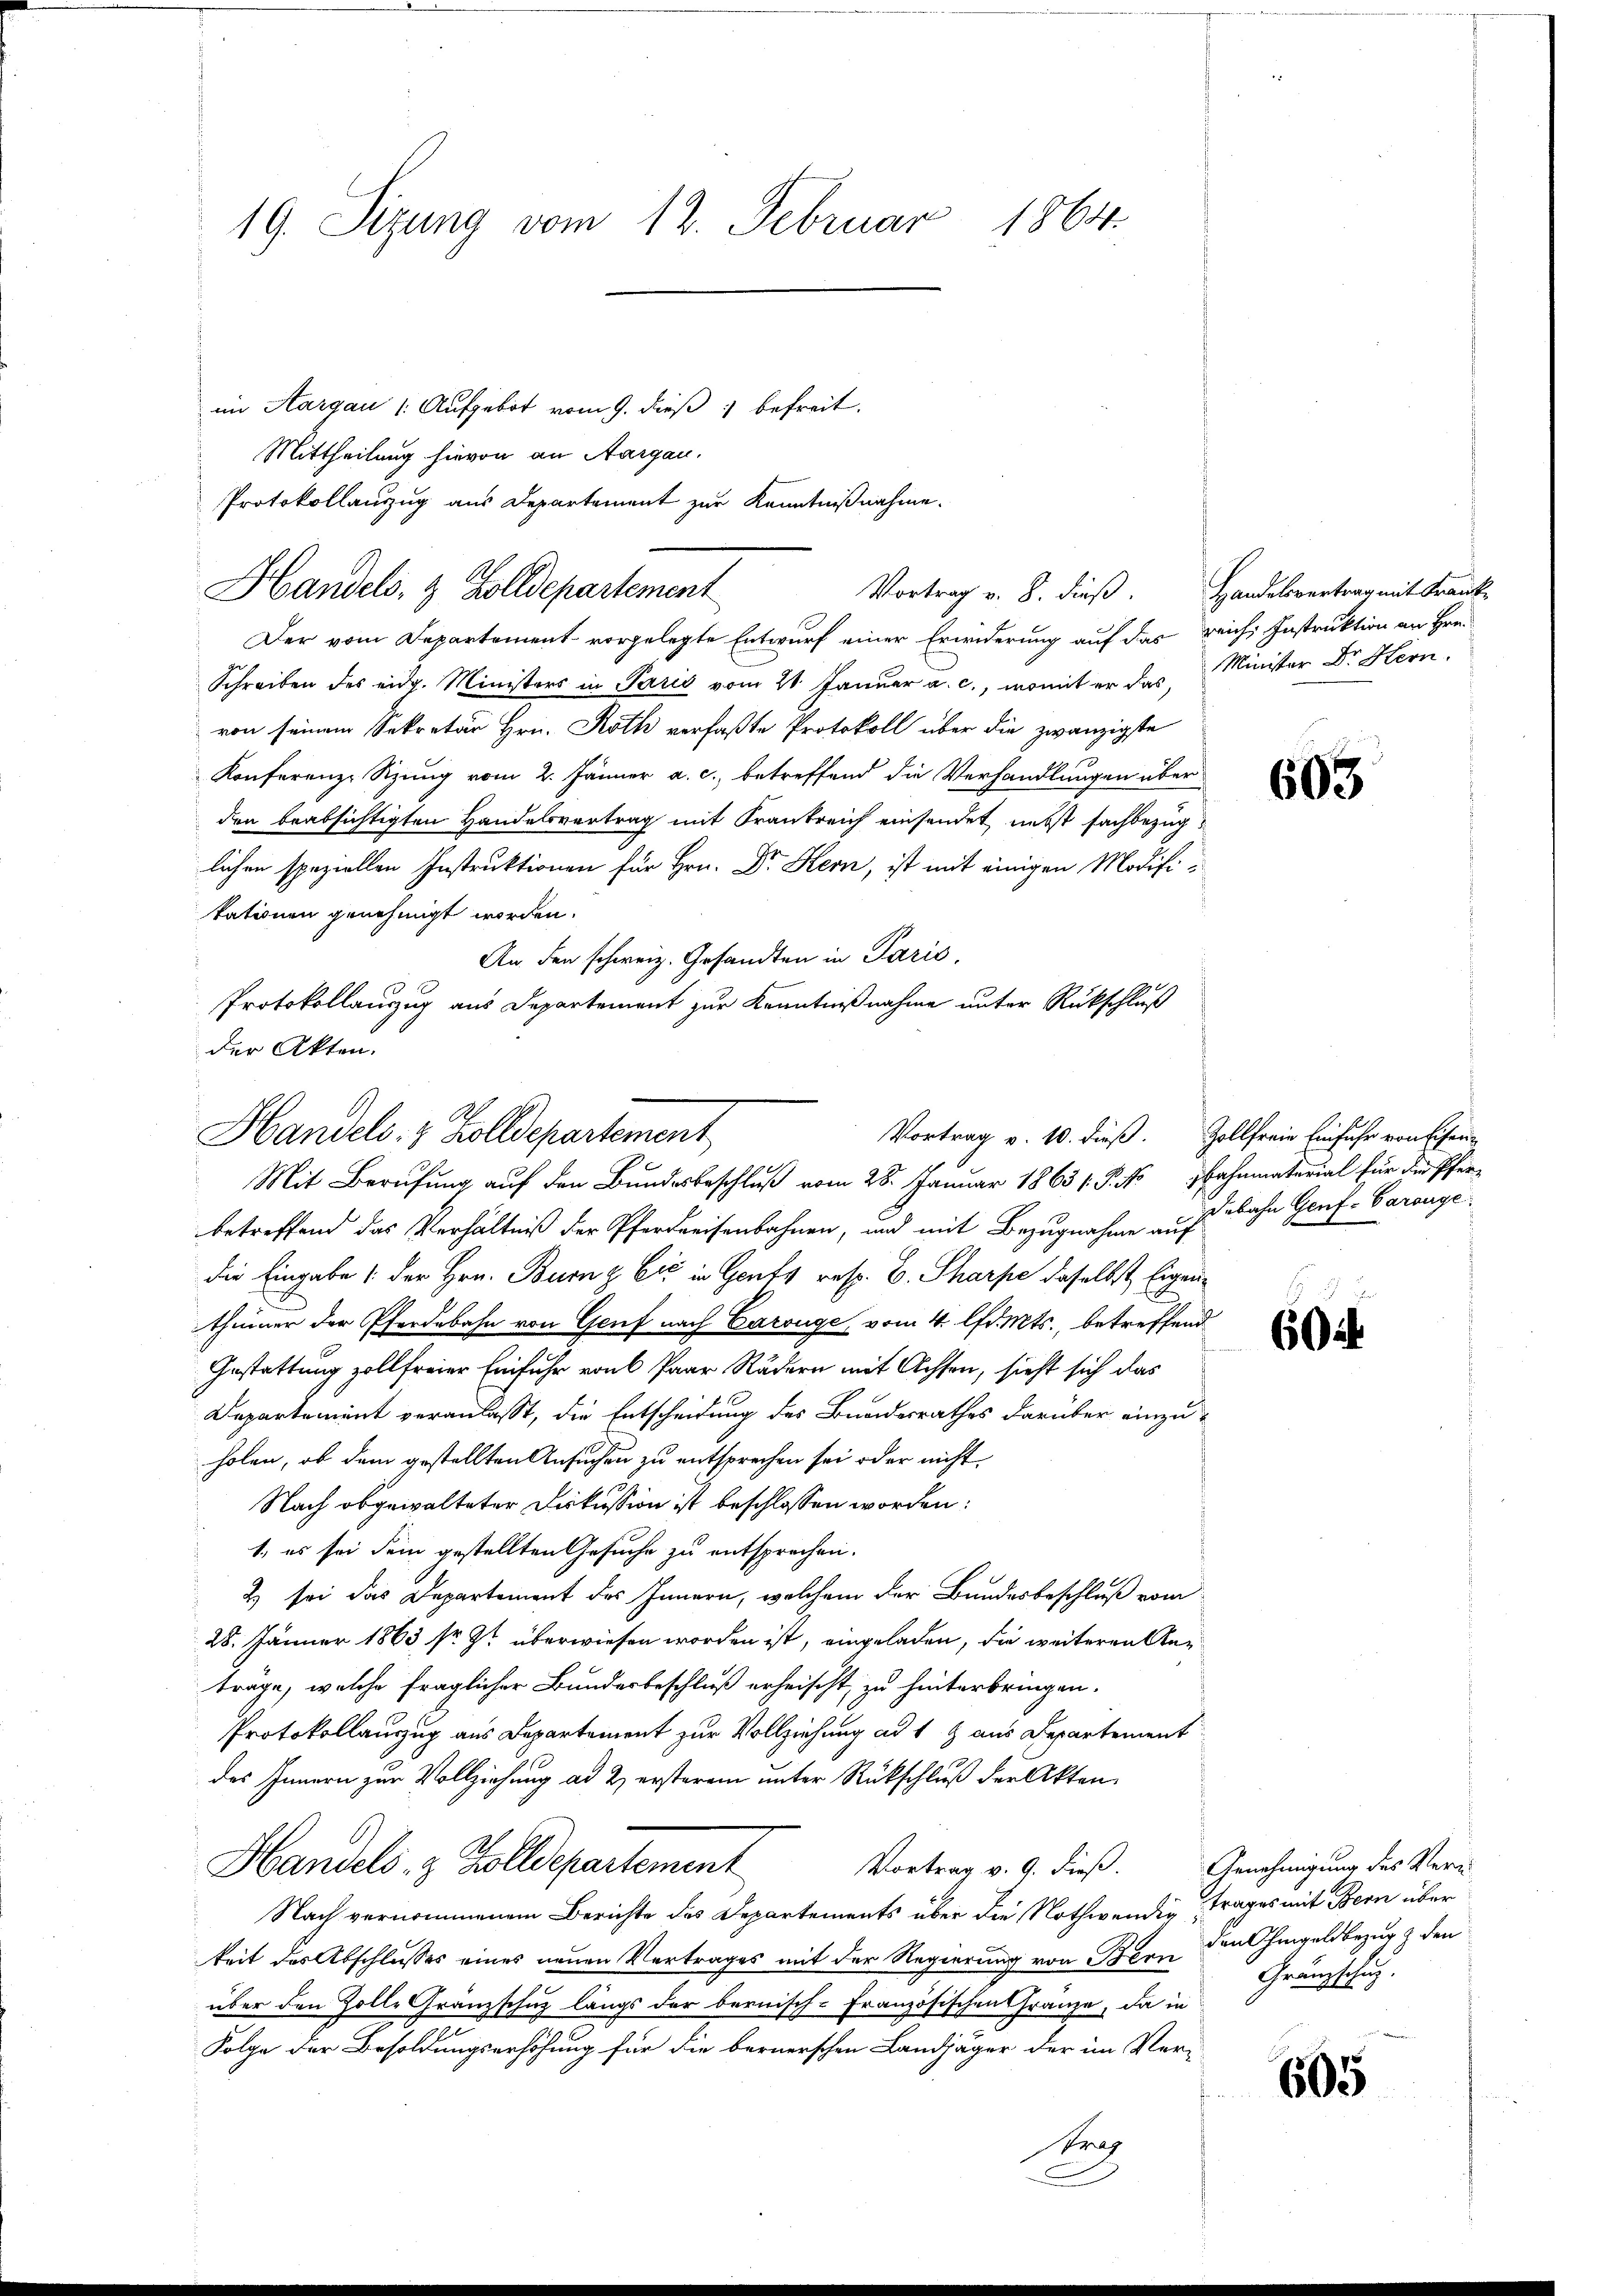
19. Sizung vom 12. Februar 1864.

Der vom Departement vorgelegte Entwurf einer Erwiderung auf das reich, Instruktion an Hrn.
Schreiben des eidg. Ministers in Paris vom 21. Januar a. c., womit er das Minister Dr. Hern.
von seinem Sekretär Hrn. Roth verfaßte Protokoll über die zwanzigste
Konferenz-Sitzung vom 2. Jänner a. c., betreffend die Verhandlungen über
den beabsichtigten Handelsvertrag mit Krankreich einsendet nebst fachbezuglichen speziellen Instruktionen für Hrn. Dr. Hern, ist mit einigen Modifikationen genehmigt worden.
An den schweiz. Gesandten in Paris,
betreffend das Verhältniß der Pferdreisenbahnen, und mit Bezugnahme auf
die Eingabe (der Hrn. Burnz Eić in Genft resp. B. Sharpe daselbst Eigenthümer der Pferdebahn von Genf nach Carouge, vom 4. lfd. Mts., betreffend
Gestattung zollfreier Einfuhr von 6 Paar Rädern mit Achsen, sieht sich das
Departement veranlasst, die Entscheidung des Bundesrathes darüber einzuholen, ob dem gestellten Ansuchen zu entsprechen sei oder nicht
Nach abgewalteter Diskussion ist beschlossen worden:
1. es sei dem gestellten Gesuche zu entsprechen.
& sei das Departement des Innern, welchem der Bundesbeschluß vom
28. Jänner 1863 sr. Zt überwiesen worden ist, eingeladen, die weiteren Anträge, welche fraglicher Bundesbeschluß erheischt, zu hinterbringen.
Protokollauszug aus Departement zur Vollziehung ad 1 & aus Departement
des Innern zur Vollziehung ad 2 ersterem unter Rückschluß der Akten
Handels- & Zolldepartement
Vortrag v. 9. dieß. Genehmigung des Verm
Nach vernommenem Berichte das Departements über die Nothwendig trages mit Bern über
keit des Abschlusses eines neuen Vertrages mit der Regierung von Bern den hingeldbezug & den
über den Zolle Gränzschuz längs der bernisch-Französischen Gränze, da in
Folge der Besoldungserhöhung für die bernerschen Landjäger der im Ver-
Stra

Handels- & Zolldepartement

im Aargau (: Aufgebot vom 9. dieß befreit.
Mittheilung hievon an Aargau.
Protokollanzug aus Departement zur Kenntnißnahme.
Vortrag v. 8. dieß. Handelsvertrag mit Frank-

Protokollauszug aus Departement zur Kenntnißnahme unter Rückschluß
der Akten.
Handels. 4 Zolldepartement,
Vortrag v. 10. dieß. Zollfreie Einfuhr von Eisen-
Mit Berufung auf den Bundesbeschluß vom 28. Januar 1863 (S. Bahnmaterial für die Pfer¬

603

Dabahn Genf. Garange

6044

Gränzschung.

605